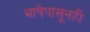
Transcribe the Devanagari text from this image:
भाषेपासूनही